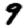
Digit: 9